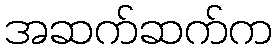
အဆက်ဆက်က